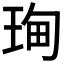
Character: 𮴝